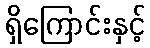
ရှိကြောင်းနှင့်